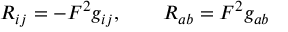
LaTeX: R _ { i j } = - F ^ { 2 } g _ { i j } , \qquad R _ { a b } = F ^ { 2 } g _ { a b }